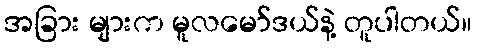
အခြား များက မူလမော်ဒယ်နဲ့ တူပါတယ်။